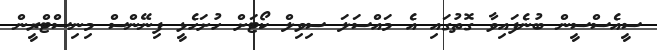
ސީއެސްސީން ބުނެފައިވާ ގޮތުގައި އެ މައްސަލަ ސިވިލް ކޯޓަށް ހުށަހެޅީ ފިނޭންސް މިނިސްޓްރީން